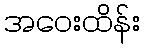
အဝေးထိန်း